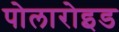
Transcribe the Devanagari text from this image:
पोलारोइड